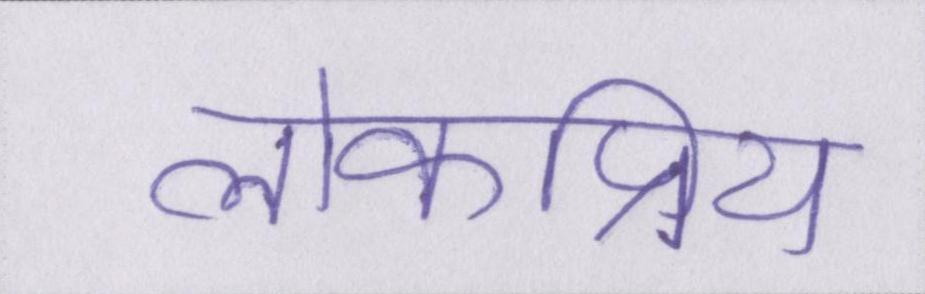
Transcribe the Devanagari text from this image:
लोकप्रिय